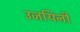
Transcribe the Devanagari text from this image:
उजयिनी